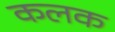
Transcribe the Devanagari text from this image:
कलक